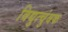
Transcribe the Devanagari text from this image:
विद्युत्चुंबक